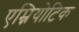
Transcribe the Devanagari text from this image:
एम्नियोटिक